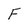
Character: F